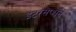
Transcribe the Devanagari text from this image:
इंटरसेप्शन